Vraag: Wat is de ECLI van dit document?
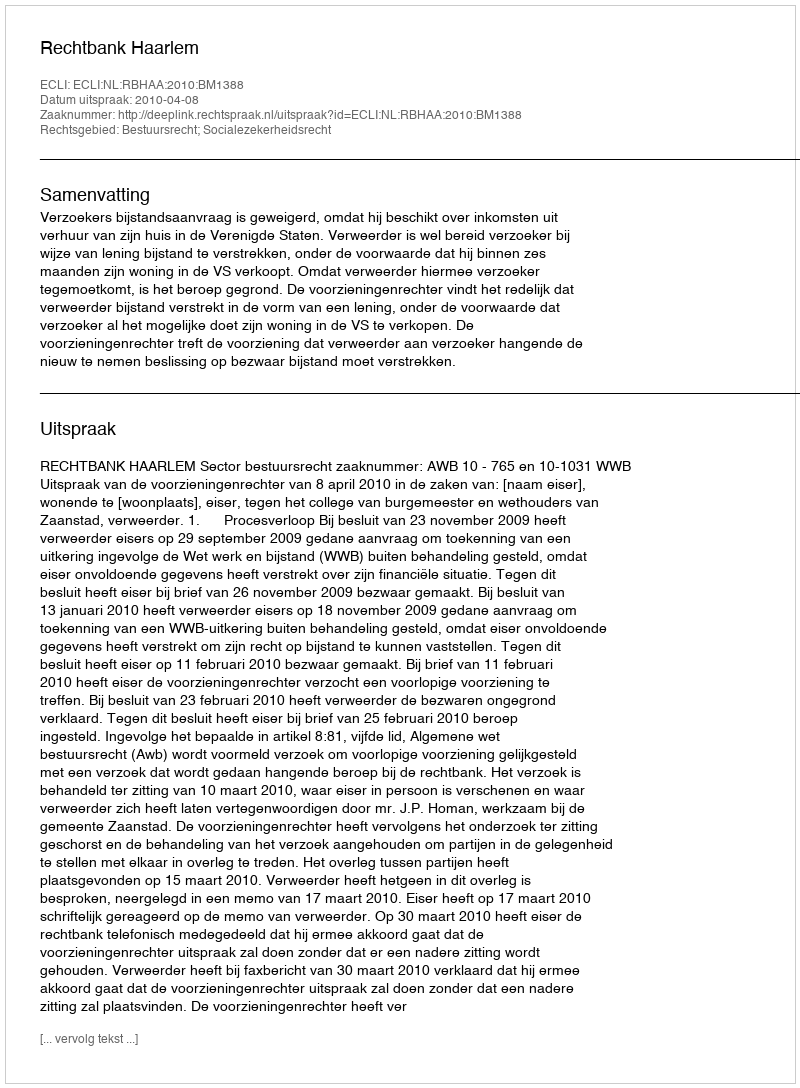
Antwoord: ECLI:NL:RBHAA:2010:BM1388